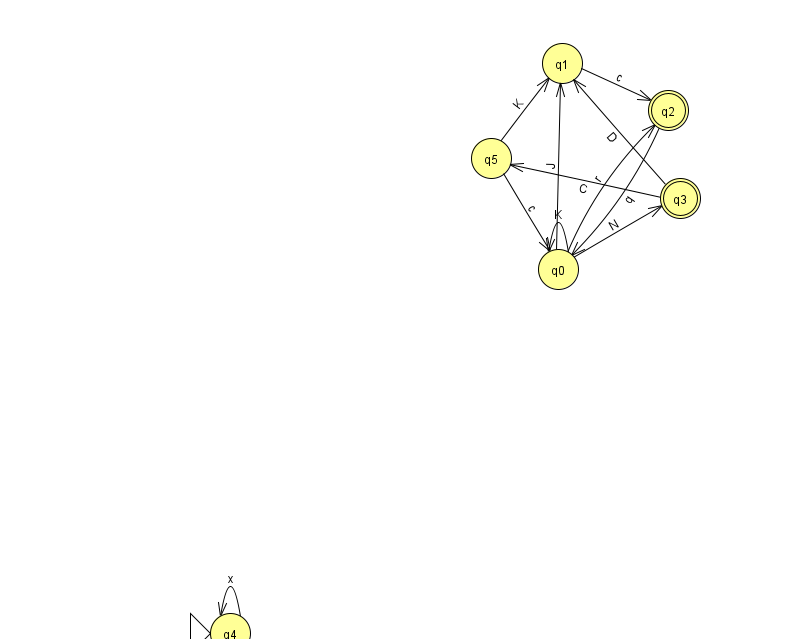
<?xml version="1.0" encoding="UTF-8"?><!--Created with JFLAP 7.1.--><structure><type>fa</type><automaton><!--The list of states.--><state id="0" name="q0"><x>558.0</x><y>256.0</y></state><state id="1" name="q1"><x>562.0</x><y>50.0</y></state><state id="2" name="q2"><x>668.0</x><y>97.0</y><final/></state><state id="3" name="q3"><x>680.0</x><y>185.0</y><final/></state><state id="4" name="q4"><x>230.0</x><y>620.0</y><initial/></state><state id="5" name="q5"><x>491.0</x><y>145.0</y></state><!--The list of transitions.--><transition><from>0</from><to>3</to><read>N</read></transition><transition><from>1</from><to>2</to><read>c</read></transition><transition><from>3</from><to>5</to><read>C</read></transition><transition><from>0</from><to>1</to><read>J</read></transition><transition><from>3</from><to>1</to><read>D</read></transition><transition><from>4</from><to>4</to><read>x</read></transition><transition><from>0</from><to>0</to><read>K</read></transition><transition><from>5</from><to>1</to><read>K</read></transition><transition><from>5</from><to>0</to><read>c</read></transition><transition><from>2</from><to>0</to><read>q</read></transition><transition><from>0</from><to>2</to><read>r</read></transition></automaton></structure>